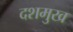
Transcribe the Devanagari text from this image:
दशमुख